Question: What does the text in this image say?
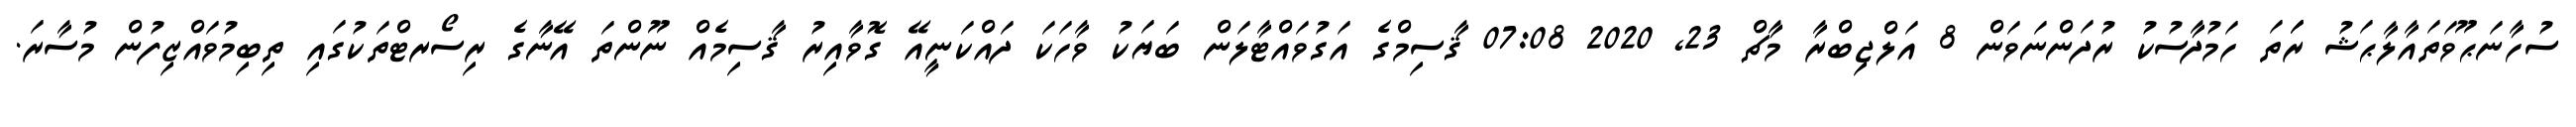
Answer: ސުހާނަޙޫވަތައާލާޙަޝު ރަަތަ ހަމުދާސުކު ރުދަންނަވަން 8 އަލްޖިބްރާ މާޗް 23, 2020 07:08 ޤާސިމްގެ އަގުވައްޓާލަން ބަޔަކު ވާހަކަ ދައްކަނީއޭ ގޮވާއިރު ޤާސިމެއް ނޫންތަ އޭނާގެ ރިސޯރޓްތަކުގައި ތިބިމުވައްޒިފުން މުސާރަ.